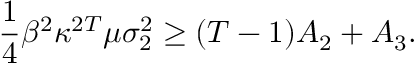
\frac { 1 } { 4 } \beta ^ { 2 } \kappa ^ { 2 T } \mu \sigma _ { 2 } ^ { 2 } \geq ( T - 1 ) A _ { 2 } + A _ { 3 } .